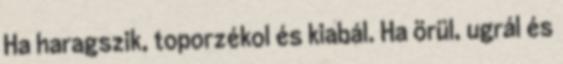
Ha haragszik, toporzékol és kiabál. Ha örül, ugrál és